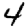
Digit: 4